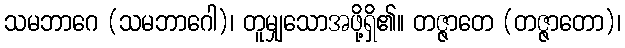
သမဘာဂေ (သမဘာဂေါ)၊ တူမျှသောအဖို့ရှိ၏။ တဇ္ဇာတေ (တဇ္ဇာတော)၊